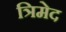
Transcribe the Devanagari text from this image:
त्रिमेद